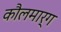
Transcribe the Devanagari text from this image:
कौलमार्ग